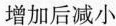
增加后减小